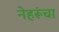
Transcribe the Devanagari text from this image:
नेहरूंचा